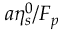
a \eta _ { s } ^ { 0 } / F _ { p }